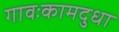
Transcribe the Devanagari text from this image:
गावःकामदुधा